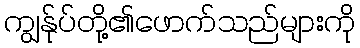
ကျွန်ုပ်တို့၏ဖောက်သည်များကို